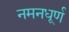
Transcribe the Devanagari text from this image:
नमनधूर्ण